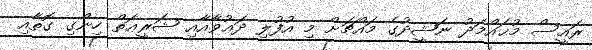
ރައީސް މުޙައްމަދު ނަޝީދުގެ މައްޗަށް މި އުފުލި ދަޢުވާއާއި ޝަރީޢަތް ހިންގި ގޮތާއި